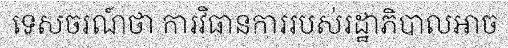
ទេសចរណ៍ថា ការវិធានការរបស់រដ្ឋាភិបាលអាច